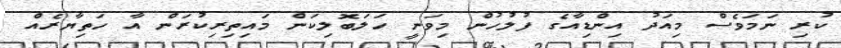
ކުރި ނަމަވެސް މިއަދު އިންޑިއާގެ ފުލުހުން މިވަނީ ހަލަބޮލިކަން މައިތިރިކުރަން އާ ހަތިޔާރެއް